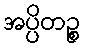
အပ္ပိတဉ္စ